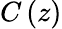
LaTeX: C\left(z\right)